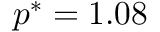
p ^ { * } = 1 . 0 8